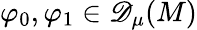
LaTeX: \varphi_{0},\varphi_{1}\in{\mathscr{D}_{\mu}(M)}